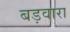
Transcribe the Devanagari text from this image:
बड़वारा